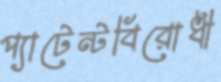
প্যাটেন্টবিরোধী